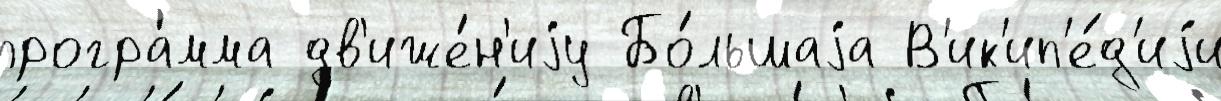
програ́мма дв'иже́н'иjу Бо́льшаjа В'ик'ип'е́д'иjи